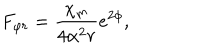
LaTeX: F _ { \varphi r } = \frac { \chi _ { \mathrm { m } } } { 4 \alpha ^ { 2 } r } e ^ { 2 \phi } ,